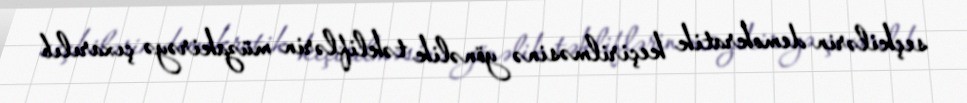
seçkilərin demokratik keçirilməsinə yönəlik təkliflərin müzakirəyə çıxarılıb